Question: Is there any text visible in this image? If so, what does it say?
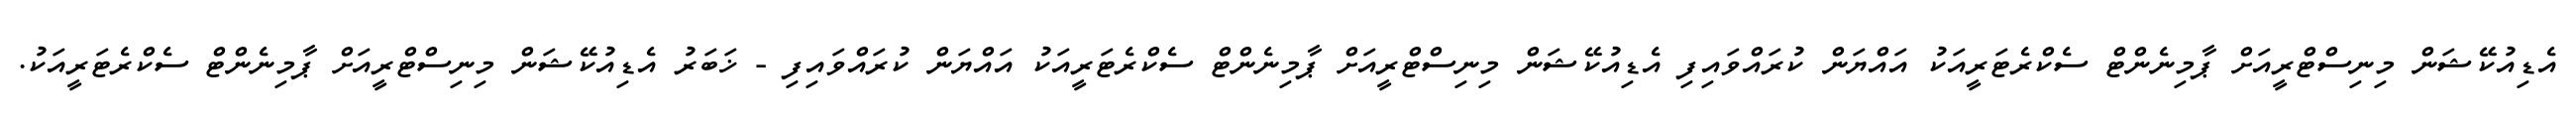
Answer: އެޑިއުކޭޝަން މިނިސްޓްރީއަށް ޕާމިނެންޓް ސެކްރެޓަރީއަކު އައްޔަން ކުރައްވައިފި އެޑިއުކޭޝަން މިނިސްޓްރީއަށް ޕާމިނެންޓް ސެކްރެޓަރީއަކު އައްޔަން ކުރައްވައިފި - ޚަބަރު އެޑިއުކޭޝަން މިނިސްޓްރީއަށް ޕާމިނެންޓް ސެކްރެޓަރީއަކު.